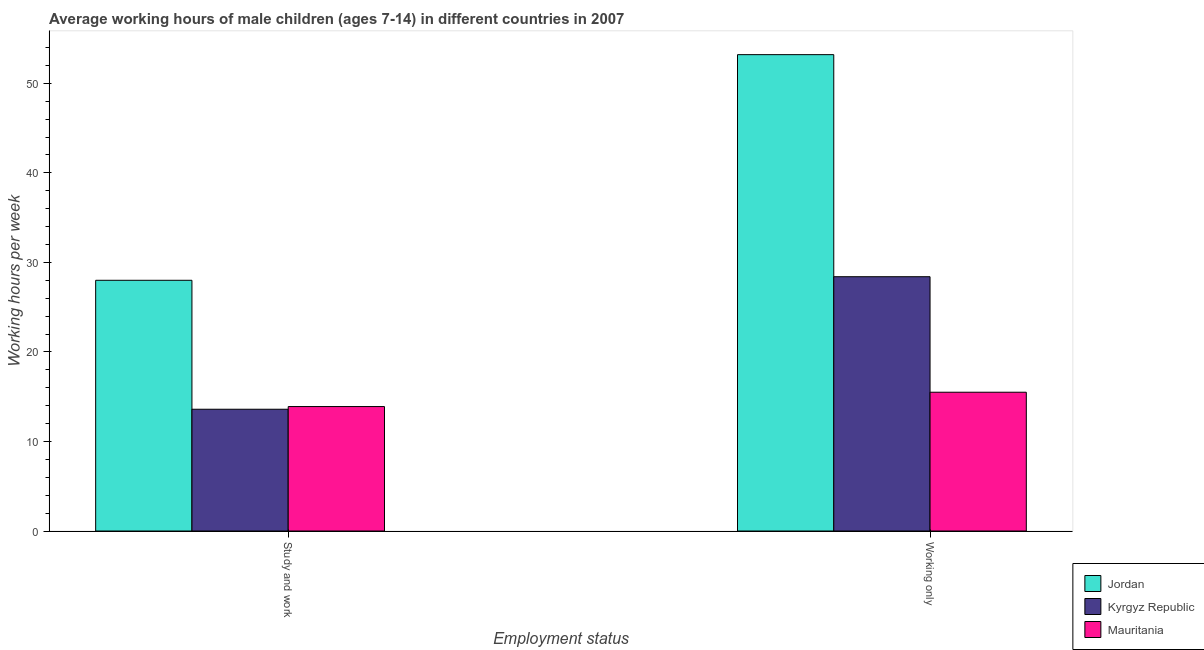
| Employment status | Jordan | Kyrgyz Republic | Mauritania |
 | --- | --- | --- | --- |
 | Study and work | 28 | 13.6 | 13.9 |
 | Working only | 53.2 | 28.4 | 15.5 |